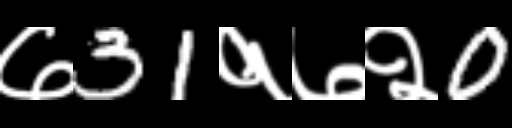
Text: ७31१७२0